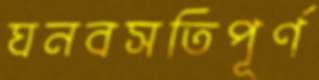
ঘনবসতিপূর্ণ